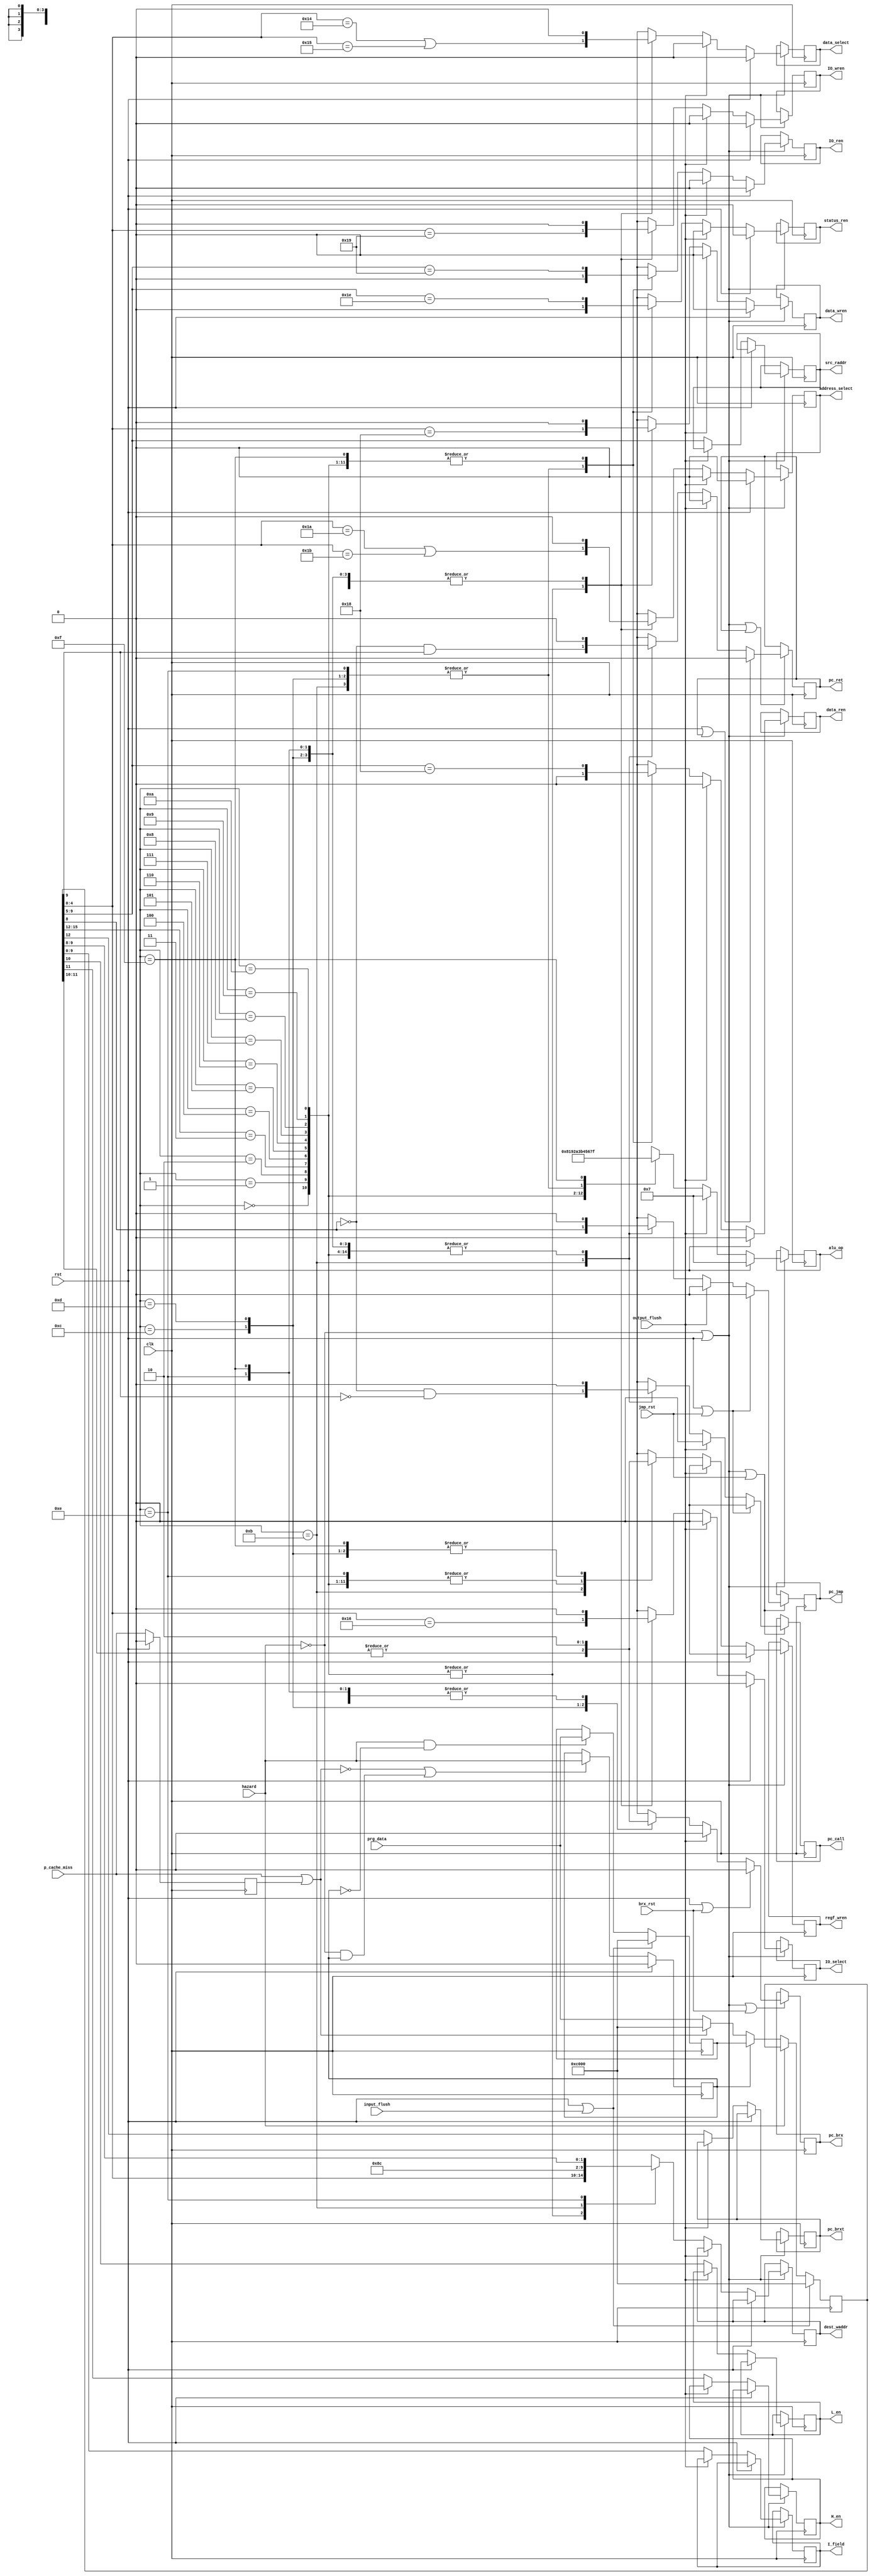
module decode_unit(
		input wire clk,
		input wire rst,
		input wire jmp_rst,
		input wire brx_rst,
		input wire input_flush,
		input wire output_flush,
		input wire hazard,
		input wire p_cache_miss,
		input wire[15:0] prg_data,
		output reg data_wren,
		output reg data_ren,
		output reg IO_wren,
		output reg IO_ren,
		output reg status_ren,
		output reg address_select,
		output reg data_select,
		output reg IO_select,
		output reg H_en,
		output reg L_en,
		output reg[3:0] alu_op,
		output reg[9:0] I_field,
		output reg[4:0] src_raddr,
		output reg[4:0] dest_waddr,
		output reg regf_wren,
		output reg pc_jmp,
		output reg pc_brx,
		output reg pc_brxt,
		output reg pc_call,
		output reg pc_ret);
		
	localparam ALU_ADD = 4'b0000;
	localparam ALU_ADDC = 4'b1000;
	localparam ALU_SUB = 4'b0001;
	localparam ALU_SUBC = 4'b1001;
	localparam ALU_MOVE = 4'b0010;
	localparam ALU_NOT = 4'b1010;
	localparam ALU_ROR = 4'b0011;
	localparam ALU_ROL = 4'b1011;
	localparam ALU_AND = 4'b0100;
	localparam ALU_XOR = 4'b0101;
	localparam ALU_OR = 4'b0110;
	//localparam ALU_LIM = 4'b1110;
	localparam ALU_NOP = 4'b0111;
	localparam ALU_BITT = 4'b1111;

	reg[15:0] I_reg;
	reg[15:0] I_alternate;
	reg prev_hazard;
	reg prev_p_cache_miss;

	always @(posedge clk)
	begin
		if(rst)
		begin
			prev_hazard <= 1'b0;
			prev_p_cache_miss <= 1'b0;
		end
		else
		begin
			prev_p_cache_miss <= p_cache_miss;
			if(~(p_cache_miss | prev_p_cache_miss) | (~hazard & prev_hazard))
				prev_hazard <= hazard;
		end
	
		if(rst | input_flush)
		begin
			I_reg <= 16'hC000;
			I_alternate <= 16'hC000;
		end
		else 
		begin
			if(hazard & (~prev_hazard))
				I_alternate <= prg_data;
			if(~hazard)
			begin
				if(prev_hazard)	//loads last valid instruction after hazard.
					I_reg <= I_alternate;
				else if(p_cache_miss | prev_p_cache_miss)
					I_reg <= 16'hC000;	//NOP
				else
					I_reg <= prg_data;
			end
		end
	end
	
	always @(posedge clk)
	begin
		if(~hazard | rst)
		begin
			if(rst)
			begin
				data_wren <= 1'b0;
				data_ren <= 1'b0;
				IO_wren <= 1'b0;
				IO_ren <= 1'b0;
				status_ren <= 1'b0;
				address_select <= 1'b0;
				data_select <= 1'b0;
				IO_select <= 1'b0;
				alu_op <= ALU_NOP;
				regf_wren <= 1'b0;
			end
			else
			begin
				if(output_flush)
				begin
					data_wren <= 1'b0;
					data_ren <= 1'b0;
					IO_wren <= 1'b0;
					IO_ren <= 1'b0;
					status_ren <= 1'b0;
					address_select <= 1'b0;
					data_select <= 1'b0;
					IO_select <= 1'b0;
					alu_op <= ALU_NOP;
					regf_wren <= 1'b0;
				end
				else
				begin
					I_field <= I_reg[9:0];
					H_en <= I_reg[11];
					L_en <= I_reg[10];
					src_raddr <= I_reg[9:5];
					pc_brxt <= I_reg[12];
					case(I_reg[15:12])
						4'h0:	//add
						begin
							data_wren <= (I_reg[4:0] == 5'h18);
							data_ren <= (I_reg[9:5] == 5'h18);
							IO_wren <= (I_reg[4:0] == 5'h19);
							IO_ren <= (I_reg[9:5] == 5'h19);
							status_ren <= (I_reg[9:5] == 5'h1E);
							address_select <= (I_reg[4:0] == 5'h1A) | (I_reg[4:0] == 5'h1B);
							data_select <= (I_reg[4:0] == 5'h14) | (I_reg[4:0] == 5'h15);
							IO_select <= (I_reg[4:0] == 5'h16);
							alu_op <= ALU_ADD;
							dest_waddr <= I_reg[4:0];
							regf_wren <= 1'b1;
						end
						4'h1:	//addc
						begin
							data_wren <= (I_reg[4:0] == 5'h18);
							data_ren <= (I_reg[9:5] == 5'h18);
							IO_wren <= (I_reg[4:0] == 5'h19);
							IO_ren <= (I_reg[9:5] == 5'h19);
							status_ren <= (I_reg[9:5] == 5'h1E);
							address_select <= (I_reg[4:0] == 5'h1A) | (I_reg[4:0] == 5'h1B);
							data_select <= (I_reg[4:0] == 5'h14) | (I_reg[4:0] == 5'h15);
							IO_select <= (I_reg[4:0] == 5'h16);
							alu_op <= ALU_ADDC;
							dest_waddr <= I_reg[4:0];
							regf_wren <= 1'b1;
						end
						4'h2:	//sub
						begin
							data_wren <= (I_reg[4:0] == 5'h18);
							data_ren <= (I_reg[9:5] == 5'h18);
							IO_wren <= (I_reg[4:0] == 5'h19);
							IO_ren <= (I_reg[9:5] == 5'h19);
							status_ren <= (I_reg[9:5] == 5'h1E);
							address_select <= (I_reg[4:0] == 5'h1A) | (I_reg[4:0] == 5'h1B);
							data_select <= (I_reg[4:0] == 5'h14) | (I_reg[4:0] == 5'h15);
							IO_select <= (I_reg[4:0] == 5'h16);
							alu_op <= ALU_SUB;
							dest_waddr <= I_reg[4:0];
							regf_wren <= 1'b1;
						end
						4'h3:	//subc
						begin
							data_wren <= (I_reg[4:0] == 5'h18);
							data_ren <= (I_reg[9:5] == 5'h18);
							IO_wren <= (I_reg[4:0] == 5'h19);
							IO_ren <= (I_reg[9:5] == 5'h19);
							status_ren <= (I_reg[9:5] == 5'h1E);
							address_select <= (I_reg[4:0] == 5'h1A) | (I_reg[4:0] == 5'h1B);
							data_select <= (I_reg[4:0] == 5'h14) | (I_reg[4:0] == 5'h15);
							IO_select <= (I_reg[4:0] == 5'h16);
							alu_op <= ALU_SUBC;
							dest_waddr <= I_reg[4:0];
							regf_wren <= 1'b1;
						end
						4'h4:	//move, test
						begin
							data_wren <= (I_reg[4:0] == 5'h18);
							data_ren <= (I_reg[9:5] == 5'h18);
							IO_wren <= (I_reg[4:0] == 5'h19);
							IO_ren <= (I_reg[9:5] == 5'h19);
							status_ren <= (I_reg[9:5] == 5'h1E);
							address_select <= (I_reg[4:0] == 5'h1A) | (I_reg[4:0] == 5'h1B);
							data_select <= (I_reg[4:0] == 5'h14) | (I_reg[4:0] == 5'h15);
							IO_select <= (I_reg[4:0] == 5'h16);
							alu_op <= ALU_MOVE;
							dest_waddr <= I_reg[4:0];
							regf_wren <= 1'b1;
						end
						4'h5:	//not
						begin
							data_wren <= (I_reg[4:0] == 5'h18);
							data_ren <= (I_reg[9:5] == 5'h18);
							IO_wren <= (I_reg[4:0] == 5'h19);
							IO_ren <= (I_reg[9:5] == 5'h19);
							status_ren <= (I_reg[9:5] == 5'h1E);
							address_select <= (I_reg[4:0] == 5'h1A) | (I_reg[4:0] == 5'h1B);
							data_select <= (I_reg[4:0] == 5'h14) | (I_reg[4:0] == 5'h15);
							IO_select <= (I_reg[4:0] == 5'h16);
							alu_op <= ALU_NOT;
							dest_waddr <= I_reg[4:0];
							regf_wren <= 1'b1;
						end
						4'h6:	//ror
						begin
							data_wren <= (I_reg[4:0] == 5'h18);
							data_ren <= (I_reg[9:5] == 5'h18);
							IO_wren <= (I_reg[4:0] == 5'h19);
							IO_ren <= (I_reg[9:5] == 5'h19);
							status_ren <= (I_reg[9:5] == 5'h1E);
							address_select <= (I_reg[4:0] == 5'h1A) | (I_reg[4:0] == 5'h1B);
							data_select <= (I_reg[4:0] == 5'h14) | (I_reg[4:0] == 5'h15);
							IO_select <= (I_reg[4:0] == 5'h16);
							alu_op <= ALU_ROR;
							dest_waddr <= I_reg[4:0];
							regf_wren <= 1'b1;
						end
						4'h7:	//rol
						begin
							data_wren <= (I_reg[4:0] == 5'h18);
							data_ren <= (I_reg[9:5] == 5'h18);
							IO_wren <= (I_reg[4:0] == 5'h19);
							IO_ren <= (I_reg[9:5] == 5'h19);
							status_ren <= (I_reg[9:5] == 5'h1E);
							address_select <= (I_reg[4:0] == 5'h1A) | (I_reg[4:0] == 5'h1B);
							data_select <= (I_reg[4:0] == 5'h14) | (I_reg[4:0] == 5'h15);
							IO_select <= (I_reg[4:0] == 5'h16);
							alu_op <= ALU_ROL;
							dest_waddr <= I_reg[4:0];
							regf_wren <= 1'b1;
						end
						4'h8:	//and
						begin
							data_wren <= (I_reg[4:0] == 5'h18);
							data_ren <= (I_reg[9:5] == 5'h18);
							IO_wren <= (I_reg[4:0] == 5'h19);
							IO_ren <= (I_reg[9:5] == 5'h19);
							status_ren <= (I_reg[9:5] == 5'h1E);
							address_select <= (I_reg[4:0] == 5'h1A) | (I_reg[4:0] == 5'h1B);
							data_select <= (I_reg[4:0] == 5'h14) | (I_reg[4:0] == 5'h15);
							IO_select <= (I_reg[4:0] == 5'h16);
							alu_op <= ALU_AND;
							dest_waddr <= I_reg[4:0];
							regf_wren <= 1'b1;
						end
						4'h9:	//xor
						begin
							data_wren <= (I_reg[4:0] == 5'h18);
							data_ren <= (I_reg[9:5] == 5'h18);
							IO_wren <= (I_reg[4:0] == 5'h19);
							IO_ren <= (I_reg[9:5] == 5'h19);
							status_ren <= (I_reg[9:5] == 5'h1E);
							address_select <= (I_reg[4:0] == 5'h1A) | (I_reg[4:0] == 5'h1B);
							data_select <= (I_reg[4:0] == 5'h14) | (I_reg[4:0] == 5'h15);
							IO_select <= (I_reg[4:0] == 5'h16);
							alu_op <= ALU_XOR;
							dest_waddr <= I_reg[4:0];
							regf_wren <= 1'b1;
						end
						4'ha:	//or
						begin
							data_wren <= (I_reg[4:0] == 5'h18);
							data_ren <= (I_reg[9:5] == 5'h18);
							IO_wren <= (I_reg[4:0] == 5'h19);
							IO_ren <= (I_reg[9:5] == 5'h19);
							status_ren <= (I_reg[9:5] == 5'h1E);
							address_select <= (I_reg[4:0] == 5'h1A) | (I_reg[4:0] == 5'h1B);
							data_select <= (I_reg[4:0] == 5'h14) | (I_reg[4:0] == 5'h15);
							IO_select <= (I_reg[4:0] == 5'h16);
							alu_op <= ALU_OR;
							dest_waddr <= I_reg[4:0];
							regf_wren <= 1'b1;
						end
						4'hb:	//call, callx, calll, calllx, ret, retx, retl, retlx, jmp, jmpl
						begin
							data_wren <= 1'b0;
							data_ren <= 1'b0;
							IO_wren <= 1'b0;
							IO_ren <= 1'b0;
							status_ren <= 1'b0;
							address_select <= 1'b0;
							data_select <= 1'b0;
							IO_select <= 1'b0;
							alu_op <= ALU_NOP;
							dest_waddr <= 5'h11;	//AUX1
							regf_wren <= |I_reg[11:10];
						end
						4'hc:	//nop, brn, brz, brp
						begin
							data_wren <= 1'b0;
							data_ren <= 1'b0;
							IO_wren <= 1'b0;
							IO_ren <= 1'b0;
							status_ren <= 1'b0;
							address_select <= 1'b0;
							data_select <= 1'b0;
							IO_select <= 1'b0;
							alu_op <= ALU_NOP;
							dest_waddr <= 5'hxx;
							regf_wren <= 1'b0;
						end
						4'hd:	//bra, brnn, brnz, brnp
						begin
							data_wren <= 1'b0;
							data_ren <= 1'b0;
							IO_wren <= 1'b0;
							IO_ren <= 1'b0;
							status_ren <= 1'b0;
							address_select <= 1'b0;
							data_select <= 1'b0;
							IO_select <= 1'b0;
							alu_op <= ALU_NOP;
							dest_waddr <= 5'hxx;
							regf_wren <= 1'b0;
						end
						4'he:	//lim
						begin
							data_wren <= 1'b0;
							data_ren <= 1'b0;
							IO_wren <= 1'b0;
							IO_ren <= 1'b0;
							status_ren <= 1'b0;
							address_select <= 1'b0;
							data_select <= 1'b0;
							IO_select <= 1'b0;
							alu_op <= ALU_NOP;
							dest_waddr <= {3'b100, I_reg[9:8]};
							regf_wren <= 1'b1;
						end
						4'hf:	//bitt
						begin
							data_wren <= 1'b0;
							data_ren <= (I_reg[9:5] == 5'h18);
							IO_wren <= 1'b0;
							IO_ren <= (I_reg[9:5] == 5'h19);
							status_ren <= (I_reg[9:5] == 5'h1E);
							address_select <= 1'b0;
							data_select <= 1'b0;
							IO_select <= 1'b0;
							alu_op <= ALU_BITT;
							dest_waddr <= 5'hxx;
							regf_wren <= 1'b0;
						end
					endcase
				end
			end
		end
	end
	
	always @(posedge clk)
	begin
		if(~hazard | rst | jmp_rst)
		begin
			if(rst | jmp_rst)
			begin
				pc_jmp <= 1'b0;
				pc_call <= 1'b0;
			end
			else
			begin
				if(output_flush)
				begin
					pc_jmp <= 1'b0;
					pc_call <= 1'b0;
				end
				else
				begin
					case(I_reg[15:12])
						4'h0:	//add
						begin
							pc_jmp <= 1'b0;
							pc_call <= 1'b0;
						end
						4'h1:	//addc
						begin
							pc_jmp <= 1'b0;
							pc_call <= 1'b0;
						end
						4'h2:	//sub
						begin
							pc_jmp <= 1'b0;
							pc_call <= 1'b0;
						end
						4'h3:	//subc
						begin
							pc_jmp <= 1'b0;
							pc_call <= 1'b0;
						end
						4'h4:	//move, test
						begin
							pc_jmp <= 1'b0;
							pc_call <= 1'b0;
						end
						4'h5:	//not
						begin
							pc_jmp <= 1'b0;
							pc_call <= 1'b0;
						end
						4'h6:	//ror
						begin
							pc_jmp <= 1'b0;
							pc_call <= 1'b0;
						end
						4'h7:	//rol
						begin
							pc_jmp <= 1'b0;
							pc_call <= 1'b0;
						end
						4'h8:	//and
						begin
							pc_jmp <= 1'b0;
							pc_call <= 1'b0;
						end
						4'h9:	//xor
						begin
							pc_jmp <= 1'b0;
							pc_call <= 1'b0;
						end
						4'ha:	//or
						begin
							pc_jmp <= 1'b0;
							pc_call <= 1'b0;
						end
						4'hb:	//call, callx, calll, calllx, ret, retx, retl, retlx, jmp, jmpl
						begin
							pc_jmp <= I_reg[8];
							pc_call <= ~I_reg[8] & ~I_reg[9];
						end
						4'hc:	//nop, brn, brz, brp
						begin
							pc_jmp <= 1'b0;
							pc_call <= 1'b0;
						end
						4'hd:	//bra, brnn, brnz, brnp
						begin
							pc_jmp <= 1'b0;
							pc_call <= 1'b0;
						end
						4'he:	//lim
						begin
							pc_jmp <= 1'b0;
							pc_call <= 1'b0;
						end
						4'hf:	//bitt
						begin
							pc_jmp <= 1'b0;
							pc_call <= 1'b0;
						end
					endcase
				end
			end
		end
	end
	
	always @(posedge clk)
	begin
		if(~hazard | rst | brx_rst)
		begin
			if(rst | brx_rst)
			begin
				pc_brx <= 1'b0;
			end
			else
			begin
				if(output_flush)
				begin
					pc_brx <= 1'b0;
				end
				else
				begin
					case(I_reg[15:12])
						4'h0:	//add
						begin
							pc_brx <= 1'b0;
						end
						4'h1:	//addc
						begin
							pc_brx <= 1'b0;
						end
						4'h2:	//sub
						begin
							pc_brx <= 1'b0;
						end
						4'h3:	//subc
						begin
							pc_brx <= 1'b0;
						end
						4'h4:	//move, test
						begin
							pc_brx <= 1'b0;
						end
						4'h5:	//not
						begin
							pc_brx <= 1'b0;
						end
						4'h6:	//ror
						begin
							pc_brx <= 1'b0;
						end
						4'h7:	//rol
						begin
							pc_brx <= 1'b0;
						end
						4'h8:	//and
						begin
							pc_brx <= 1'b0;
						end
						4'h9:	//xor
						begin
							pc_brx <= 1'b0;
						end
						4'ha:	//or
						begin
							pc_brx <= 1'b0;
						end
						4'hb:	//call, callx, calll, calllx, ret, retx, retl, retlx, jmp, jmpl
						begin
							pc_brx <= 1'b0;
						end
						4'hc:	//nop, brn, brz, brp
						begin
							pc_brx <= |I_reg[11:10];	//no brx for nop
						end
						4'hd:	//bra, brnn, brnz, brnp
						begin
							pc_brx <= 1'b1;
						end
						4'he:	//lim
						begin
							pc_brx <= 1'b0;
						end
						4'hf:	//bitt
						begin
							pc_brx <= 1'b0;
						end
					endcase
				end
			end
		end
	end
	
	always @(posedge clk)
	begin
		if(~hazard | rst | pc_ret)
		begin
			if(rst | pc_ret)
			begin
				pc_ret <= 1'b0;
			end
			else
			begin
				if(output_flush)
				begin
					pc_ret <= 1'b0;
				end
				else
				begin
					case(I_reg[15:12])
						4'h0:	//add
						begin
							pc_ret <= 1'b0;
						end
						4'h1:	//addc
						begin
							pc_ret <= 1'b0;
						end
						4'h2:	//sub
						begin
							pc_ret <= 1'b0;
						end
						4'h3:	//subc
						begin
							pc_ret <= 1'b0;
						end
						4'h4:	//move, test
						begin
							pc_ret <= 1'b0;
						end
						4'h5:	//not
						begin
							pc_ret <= 1'b0;
						end
						4'h6:	//ror
						begin
							pc_ret <= 1'b0;
						end
						4'h7:	//rol
						begin
							pc_ret <= 1'b0;
						end
						4'h8:	//and
						begin
							pc_ret <= 1'b0;
						end
						4'h9:	//xor
						begin
							pc_ret <= 1'b0;
						end
						4'ha:	//or
						begin
							pc_ret <= 1'b0;
						end
						4'hb:	//call, callx, calll, calllx, ret, retx, retl, retlx, jmp, jmpl
						begin
							pc_ret <= ~I_reg[8] & I_reg[9];
						end
						4'hc:	//nop, brn, brz, brp
						begin
							pc_ret <= 1'b0;
						end
						4'hd:	//bra, brnn, brnz, brnp
						begin
							pc_ret <= 1'b0;
						end
						4'he:	//lim
						begin
							pc_ret <= 1'b0;
						end
						4'hf:	//bitt
						begin
							pc_ret <= 1'b0;
						end
					endcase
				end
			end
		end
	end

endmodule	//decode_unit